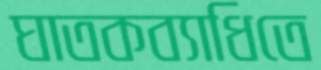
ঘাতকব্যাধিতে